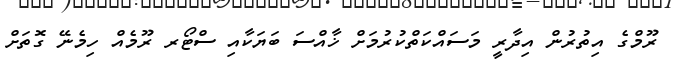
ރޫމްގެ އިތުރުން އިދާރީ މަސައްކަތްކުރުމަށް ޚާއްސަ ބަޔަކާއި ސްޓޯރ ރޫމެއް ހިމެނޭ ގޮތަށް